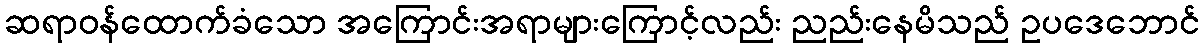
ဆရာဝန်ထောက်ခံသော အကြောင်းအရာများကြောင့်လည်း ညည်းနေမိသည် ဥပဒေဘောင်